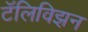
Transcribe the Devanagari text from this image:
टॅलिविझ़न